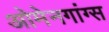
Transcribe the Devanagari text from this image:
ओमेनगांग्स